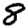
Digit: 8